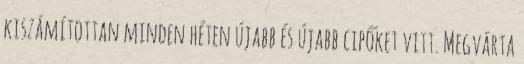
kiszámítottan minden héten újabb és újabb cipőket vitt. Megvárta